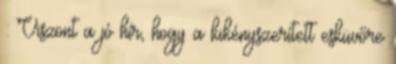
: Viszont a jó hír, hogy a kikényszerített esküvőre